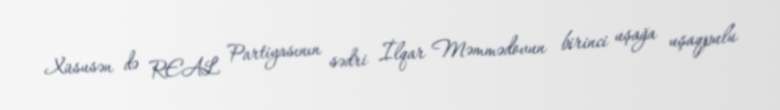
Xüsusən də REAL Partiyasının sədri İlqar Məmmədovun birinci uşağa uşaqpulu